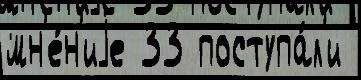
мн'е́н'иjе 33 поступа́л'и